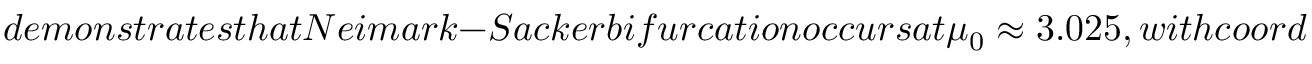
d e m o n s t r a t e s t h a t N e i m a r k - S a c k e r b i f u r c a t i o n o c c u r s a t \mu _ { 0 } \approx 3 . 0 2 5 , w i t h c o o r d i n a t e s ( 0 . 3 4 1 , 0 . 3 7 7 ) , a s s h o w n i n F i g u r e